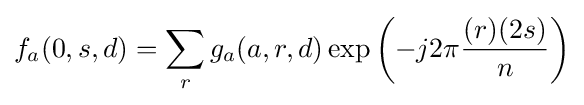
f_{a}(0,s,d)=\sum _{r}g_{a}(a,r,d)\exp \left(-j2\pi {\frac {(r)(2s)}{n}}\right)